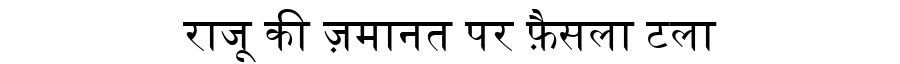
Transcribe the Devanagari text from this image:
राजू की ज़मानत पर फ़ैसला टला